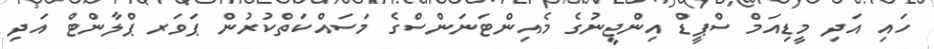
ހައި އަދި މީޑިއަމް ސްޕީޑް އިންޖީނުގެ މެއިންޓަނަންސްގެ މަސައްކަތްކުރުން ޕަވަރ ޕްލާންޓް އަދި